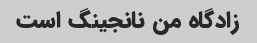
زادگاه من نانجینگ است